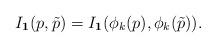
LaTeX: \begin{align*} I_{\mathbf{1}}(p,\tilde{p}) = I_{\mathbf{1}}(\phi_k(p), \phi_k(\tilde{p})).\end{align*}